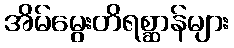
အိမ်မွေးတိရစ္ဆာန်များ